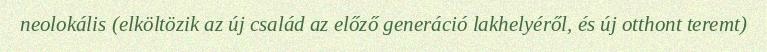
neolokális (elköltözik az új család az előző generáció lakhelyéről, és új otthont teremt)